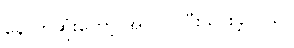
နောက်ဆုံးတော့ အလုပ် ပြီးသွားခဲ့တယ်။